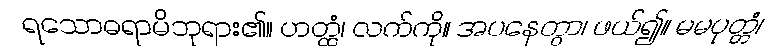
ရသောဓရာမိဘုရား၏။ ဟတ္ထံ၊ လက်ကို။ အပနေတွာ၊ ဖယ်၍။ မမပုတ္တံ၊